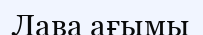
Лава ағымы